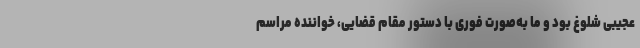
عجیبی شلوغ بود و ما به‌صورت فوری با دستور مقام قضایی، خواننده مراسم